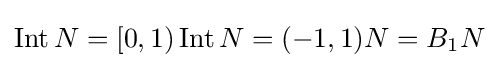
\operatorname {Int} N=[0,1)\operatorname {Int} N=(-1,1)N=B_{1}N